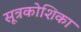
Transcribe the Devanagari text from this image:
सूत्रकोशिका